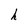
Character: h